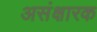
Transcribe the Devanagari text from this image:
असंक्षारक